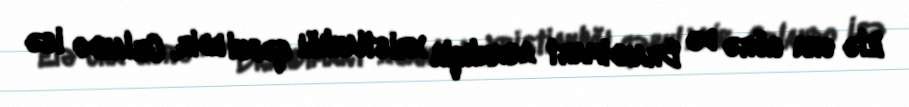
Elə ona görə də Brandimart asanlıqla xristianlığı qəbul edir, Orlando isə